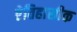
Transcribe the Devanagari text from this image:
एेतिहासीक